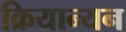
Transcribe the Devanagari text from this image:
क्रियान्यन